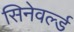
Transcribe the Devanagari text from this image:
सिनेवर्ल्ड